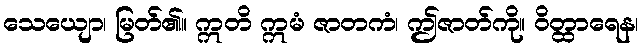
သေယျော၊ မြတ်၏။ ဣတိ ဣမံ ဇာတကံ၊ ဤဇာတ်ကို။ ဝိတ္ထာရေန၊